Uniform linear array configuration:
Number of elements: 32
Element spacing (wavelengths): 0.75
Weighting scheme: kaiser
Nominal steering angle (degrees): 30
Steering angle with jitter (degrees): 31.881
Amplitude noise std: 0.05
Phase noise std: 0.05

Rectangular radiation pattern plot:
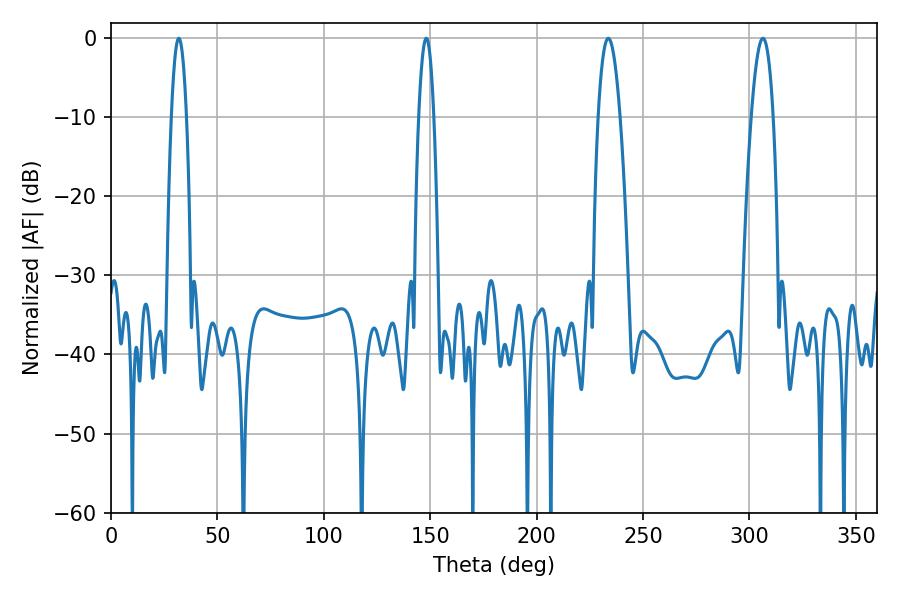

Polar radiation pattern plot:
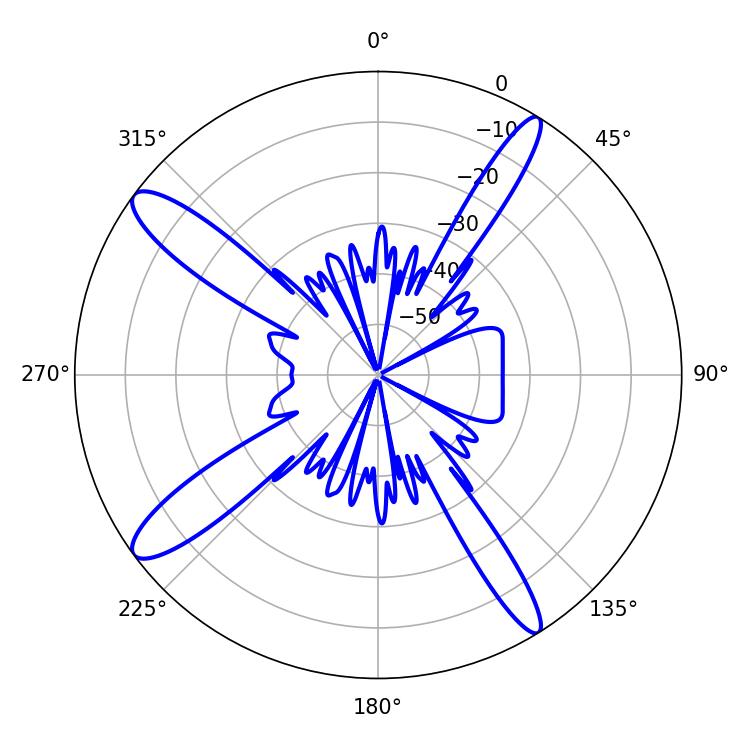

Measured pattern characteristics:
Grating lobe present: TRUE
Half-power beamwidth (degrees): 3.96
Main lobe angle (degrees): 31.86